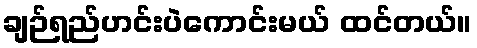
ချဉ်ရည်ဟင်းပဲကောင်းမယ် ထင်တယ်။